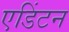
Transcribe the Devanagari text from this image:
एडिंटन